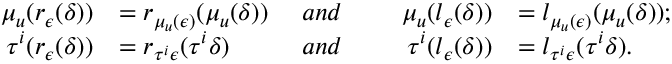
\begin{array} { r l r l r l } { \mu _ { \b { u } } ( r _ { { \epsilon } } ( \delta ) ) } & { = r _ { \mu _ { \b { u } } ( { \epsilon } ) } ( \mu _ { \b { u } } ( \delta ) ) \ } & { { a n d } } & { } & { \ \mu _ { \b { u } } ( l _ { { \epsilon } } ( \delta ) ) } & { = l _ { \mu _ { \b { u } } ( { \epsilon } ) } ( \mu _ { \b { u } } ( \delta ) ) ; } \\ { \tau ^ { i } ( r _ { { \epsilon } } ( \delta ) ) } & { = r _ { \tau ^ { i } { \epsilon } } ( \tau ^ { i } \delta ) \ } & { { a n d } } & { } & { \ \tau ^ { i } ( l _ { { \epsilon } } ( \delta ) ) } & { = l _ { \tau ^ { i } { \epsilon } } ( \tau ^ { i } \delta ) . } \end{array}